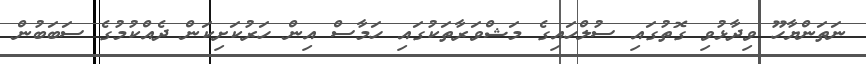
ނަތަންޔާހޫ ވިދާޅުވި ގޮތުގައި ސުލްހައިގެ މަޝްވަރާތަކުގައި ހަމާސް އިން ހަރުކަށިކަން ދެެއްކުމުގެ ސަބަބުން